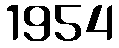
1954